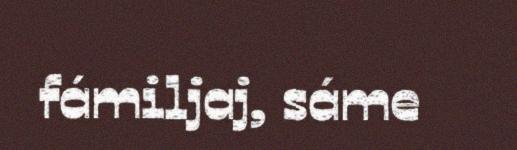
fámiljaj, sáme